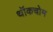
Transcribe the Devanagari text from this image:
थॉकचोम